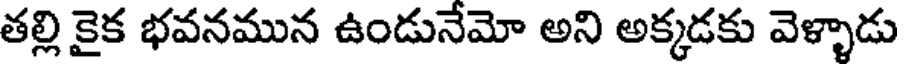
తల్లి కైక భవనమున ఉండునేమో అని అక్కడకు వెళ్ళాడు